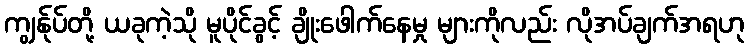
ကျွန်ုပ်တို့ ယခုကဲ့သို မူပိုင်ခွင့် ချိုးဖေါက်နေမှု များကိုလည်း လိုအပ်ချက်အရဟု